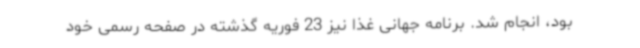
بود، انجام شد. برنامه جهانی غذا نیز 23 فوریه گذشته در صفحه رسمی خود